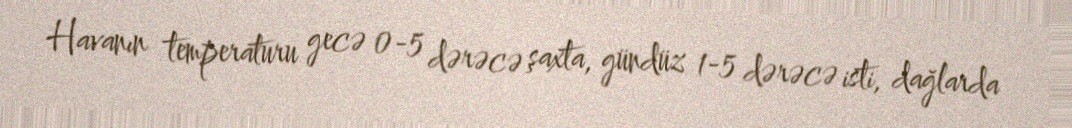
Havanın temperaturu gecə 0-5 dərəcə şaxta, gündüz 1-5 dərəcə isti, dağlarda